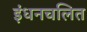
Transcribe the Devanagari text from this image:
इंधनचलित